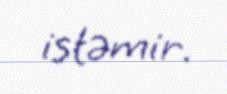
istəmir.